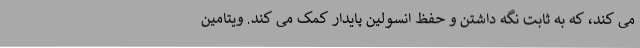
می کند، که به ثابت نگه داشتن و حفظ انسولین پایدار کمک می کند. ویتامین